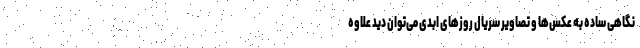
نگاهی ساده به عکس‌ها و تصاویر سریال روزهای ابدی می‌توان دید علاوه